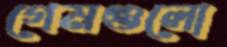
গেমগুলো